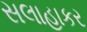
સલાહાકર